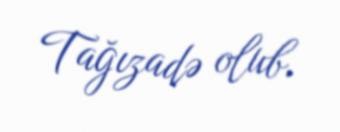
Tağızadə olub.